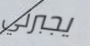
يجبرني